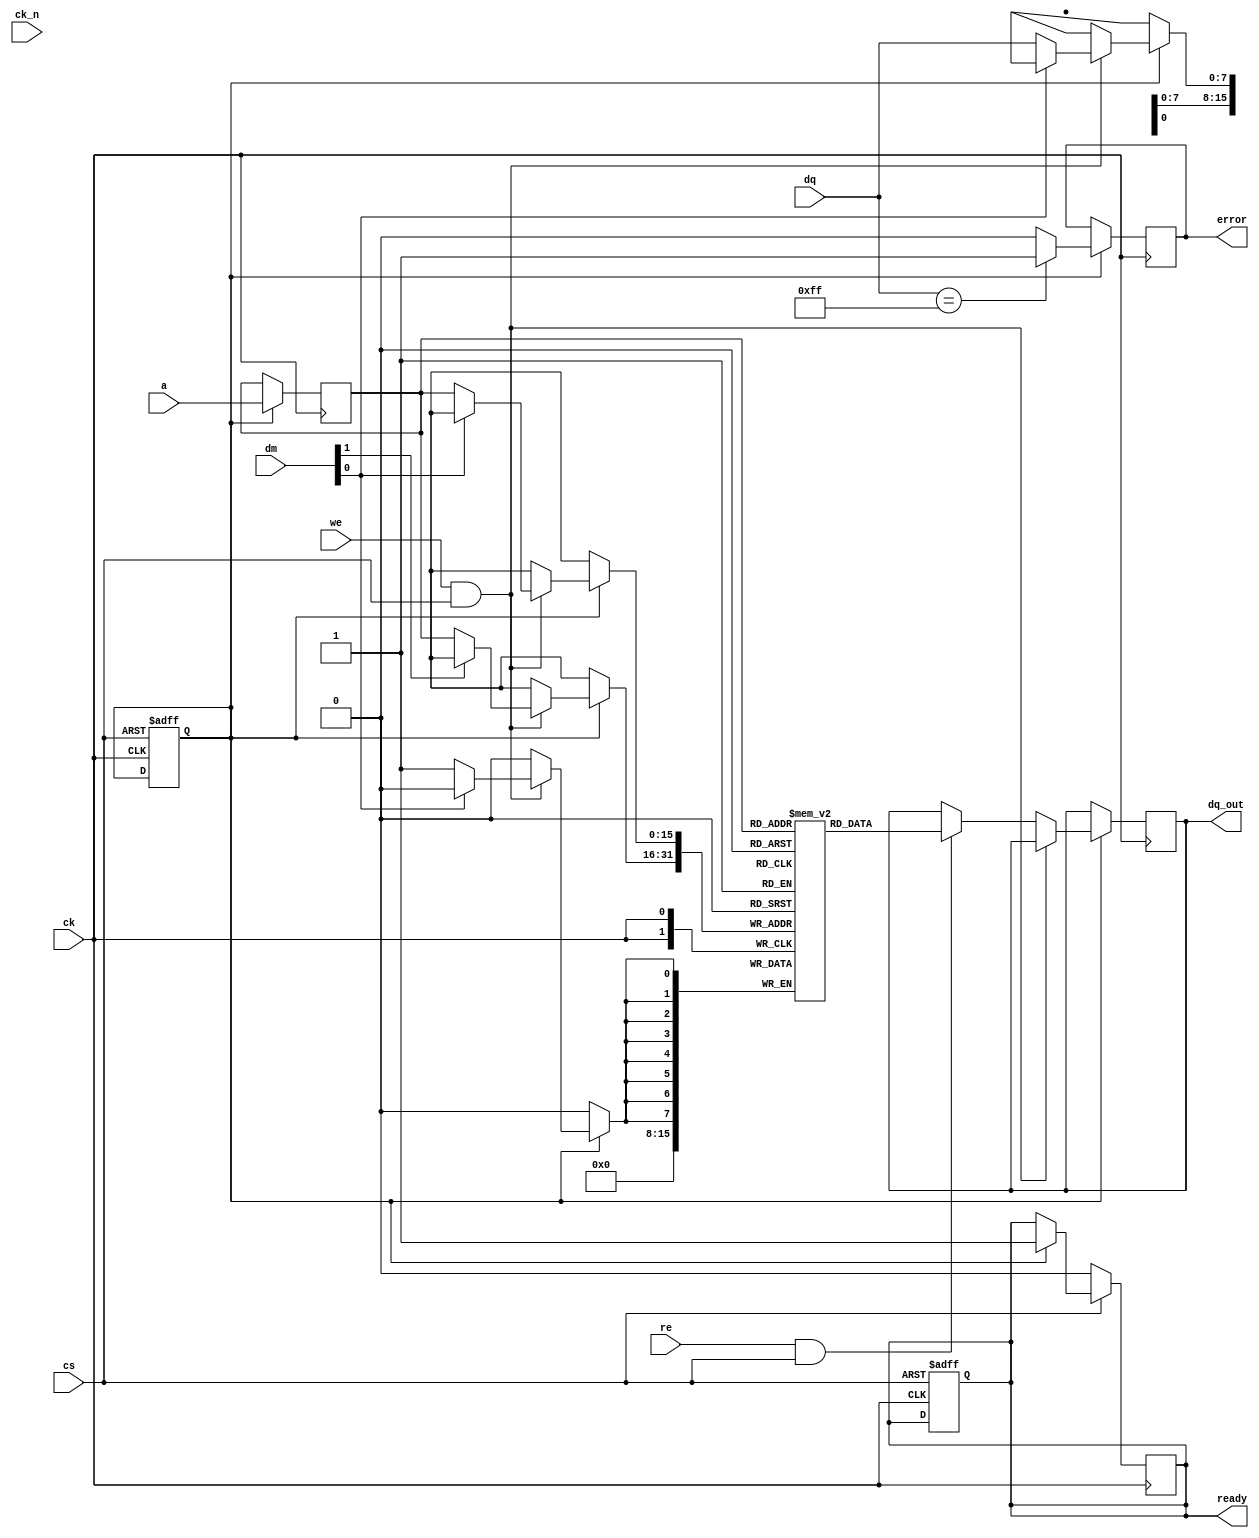
module gddr3_io_block (
    input wire [7:0] dq,          // Data Lines
    input wire [1:0] dm,          // Data Mask
    input wire [15:0] a,          // Address Lines
    input wire cs,                // Chip Select
    input wire ck,                // Clock
    input wire ck_n,              // Inverted Clock
    input wire we,                // Write Enable
    input wire re,                // Read Enable
    output reg [7:0] dq_out,      // Data Output
    output reg ready,             // Ready signal
    output reg error              // Error signal
);

// Internal signals
reg [7:0] memory [0:65535];      // Memory array
reg [15:0] address_reg;           // Address register
reg [7:0] data_reg;               // Data register
reg [1:0] dm_reg;                 // Data Mask register
reg initialized;                  // Initialization flag

// Initialization sequence
initial begin
    initialized = 0;
    ready = 0;
    error = 0;
end

// Memory initialization
always @(posedge ck or negedge cs) begin
    if (!cs) begin
        // Reset logic or initialization sequence
        initialized <= 1;
        ready <= 1;
    end
end

// Data transfer protocol
always @(posedge ck) begin
    if (initialized) begin
        if (we && cs) begin
            // Write operation
            if (!dm[0]) memory[address_reg][7:0] <= dq; // Write lower byte
            if (!dm[1]) memory[address_reg][15:8] <= dq; // Write upper byte
        end else if (re && cs) begin
            // Read operation
            dq_out <= memory[address_reg];
        end
    end
end

// Address and Control signal handling
always @(posedge ck) begin
    if (initialized) begin
        address_reg <= a; // Capture address on clock edge
    end
end

// Power Management (simplified)
always @(posedge ck) begin
    if (!cs) begin
        // Power down logic
        ready <= 0;
    end else if (initialized) begin
        ready <= 1; // Device ready
    end
end

// Error detection (simplified)
always @(posedge ck) begin
    if (initialized) begin
        // Dummy error condition for demonstration
        if (dq == 8'hFF) begin
            error <= 1; // Indicate error
        end else begin
            error <= 0; // Clear error
        end
    end
end

endmodule